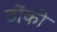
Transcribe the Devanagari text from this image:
ठोंकी